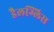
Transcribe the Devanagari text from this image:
डैलग्लिस